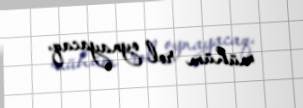
mühüm rol oynayacaq.